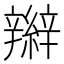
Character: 辮